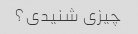
چیزی شنیدی؟